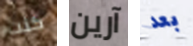
كنت آرين بعد